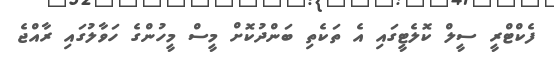
ފެކްޓްރީ ސީލް ކޮލެޓީގައި އެ ތަކެތި ބަންދުކޮށް މީސް މީހުންގެ ހަވާލުގައި ރާއްޖެ